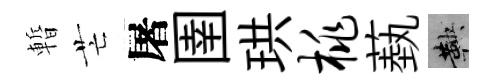
暫芒屠圉珙桃蓺鞅